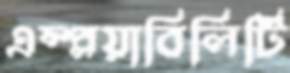
এম্প্লয়াবিলিটি